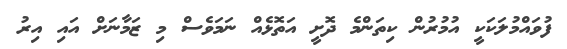
ފުވައްމުލަކަކީ އުމުރުން ކިތަންމެ ދޮށީ އަތޮޅެއް ނަމަވެސް މި ޒަމާނަށް އައި އިރު